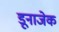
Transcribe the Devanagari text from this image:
डूनाजेक